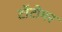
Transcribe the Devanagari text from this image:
टॉटोमर